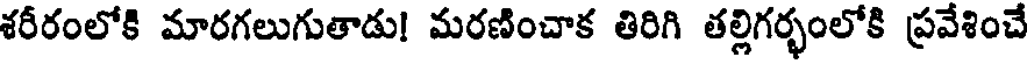
శరీరంలోకి మారగలుగుతాడు! మరణించాక తిరిగి తల్లిగర్భంలోకి ప్రవేశించే